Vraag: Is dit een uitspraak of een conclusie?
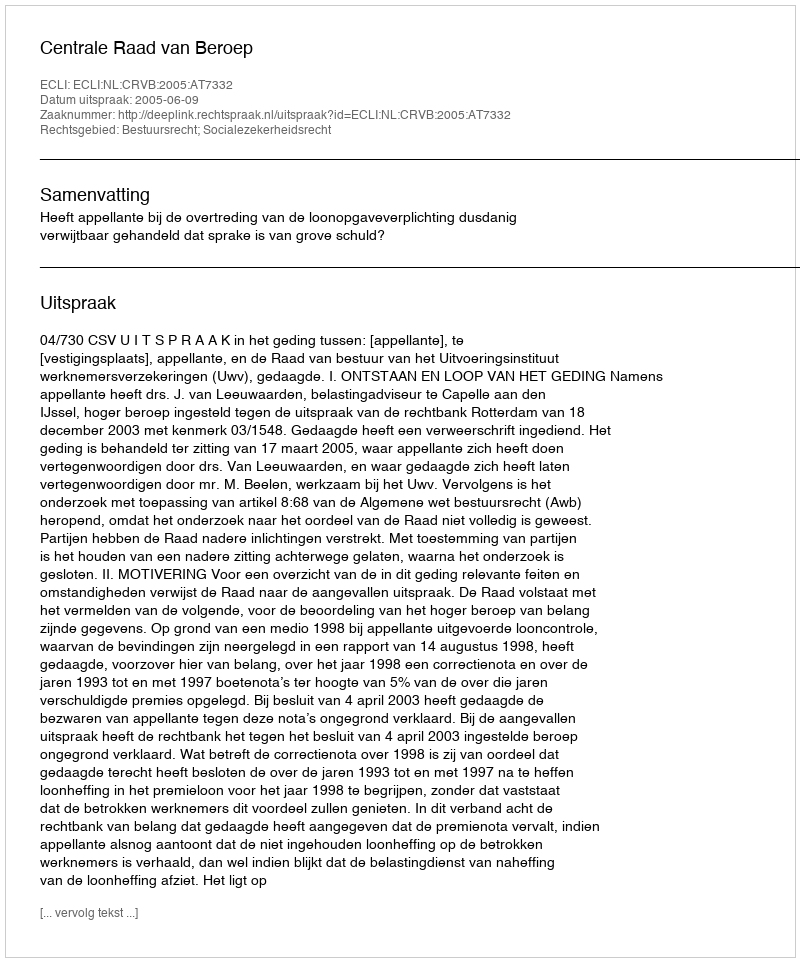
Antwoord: Uitspraak